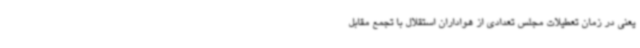
یعنی در زمان تعطیلات مجلس تعدادی از هواداران استقلال با تجمع مقابل